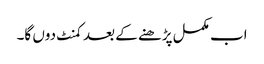
اب مکمل پڑھنے کے بعد کمنٹ دوں گا۔